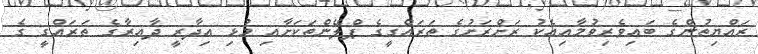
ރައްޔިތުންގެ ބައިވެރިވުމާއިއެކު ރަށްރަށުގެ ތަރައްގީގެ ޕްލޭންތަކަށާއި މުޅި އިދާރީ ދާއިރާގެ ތަރައްގީ ގެ